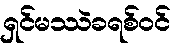
ရှင်မဿဲခရစ်ဝင်